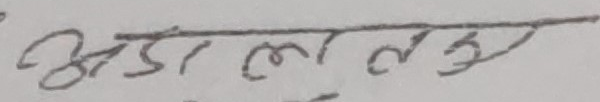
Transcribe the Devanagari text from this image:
अडा ललु